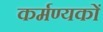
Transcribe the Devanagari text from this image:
कर्मण्यकों